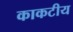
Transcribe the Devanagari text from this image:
काकटीय